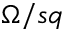
\Omega / s q